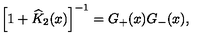
\left[ 1 + \widehat { K } _ { 2 } ( x ) \right] ^ { - 1 } = G _ { + } ( x ) G _ { - } ( x ) ,